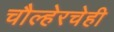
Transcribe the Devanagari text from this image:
चौल्हेरचेही